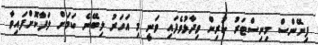
ފިނޭންސް މިނިސްޓަރު ކުރިން ވިދާޅުވެފައި ވަނީ މި އަހަރު ލިބޭނެ ކަމަށް ލަފާކޮށްފައިވާ